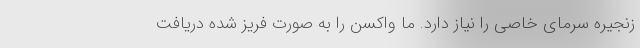
زنجیره سرمای خاصی را نیاز دارد. ما واکسن را به صورت فریز شده دریافت